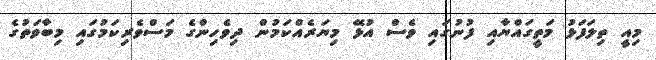
މިއީ ތިލަފަޅު މަތީގައްޔާއި ފުނުގައި ވެސް އުޅޭ މިޔަރެެއްކަމުން ދިވެހިންގެ މަސްވެރިކަމުގައި މިބާވަތުގެ